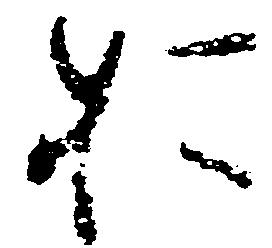
於